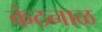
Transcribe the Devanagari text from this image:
कंठनाळ